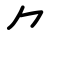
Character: ⺈